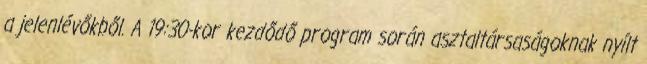
a jelenlévőkből. A 19:30-kor kezdődő program során asztaltársaságoknak nyílt